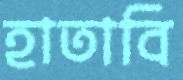
হাতাবি